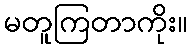
မတူကြတာကိုး။